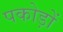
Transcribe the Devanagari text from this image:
पकोड़ों